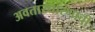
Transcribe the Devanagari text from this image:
अवतारधारणाची